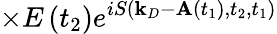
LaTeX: \times E\left(t_{2}\right)e^{iS\left(\mathbf{k}_{D}-\mathbf{A}\left(t_{1}\right),t_{2},t_{1}\right)}